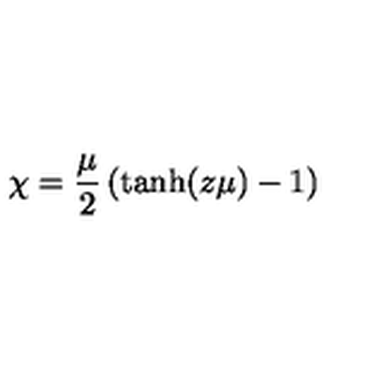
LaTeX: \chi = { \frac { \mu } { 2 } } \left( \mathrm { t a n h } ( z \mu ) - 1 \right)